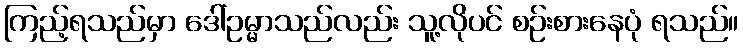
ကြည့်ရသည်မှာ ဒေါ်ဥမ္မာသည်လည်း သူ့လိုပင် စဉ်းစားနေပုံ ရသည်။